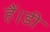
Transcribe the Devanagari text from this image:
हैं।डी